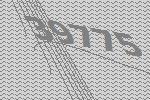
39775